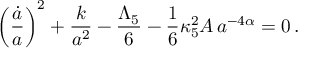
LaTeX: \left( \frac { \dot { a } } { a } \right) ^ { 2 } + \frac { k } { a ^ { 2 } } - \frac { \Lambda _ { 5 } } { 6 } - \frac { 1 } { 6 } \kappa _ { 5 } ^ { 2 } A \, a ^ { - 4 \alpha } = 0 \, .